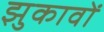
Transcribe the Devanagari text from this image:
झुकावों